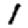
Digit: 1